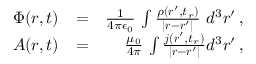
\begin{array} { r l r } { \Phi ( \boldsymbol { r } , t ) } & { = } & { \frac { 1 } { 4 \pi \epsilon _ { 0 } } \, \int \frac { \rho ( \boldsymbol { r } ^ { \prime } , t _ { r } ) } { | \boldsymbol { r } - \boldsymbol { r } ^ { \prime } | } \, \, d ^ { 3 } \boldsymbol { r } ^ { \prime } \, , } \\ { \boldsymbol { A } ( \boldsymbol { r } , t ) } & { = } & { \frac { \mu _ { 0 } } { 4 \pi } \, \int \frac { \boldsymbol { j } ( \boldsymbol { r } ^ { \prime } , t _ { r } ) } { | \boldsymbol { r } - \boldsymbol { r } ^ { \prime } | } d ^ { 3 } \boldsymbol { r } ^ { \prime } \, , } \end{array}